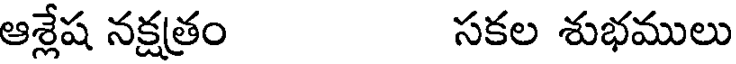
ఆశ్లేష నక్షత్రం సకల శుభములు